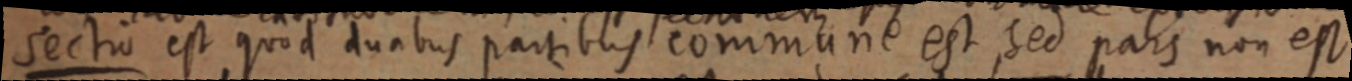
Sectio est quod duabus partibus commune est sed pars non est